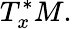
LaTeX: T_{x}^{*}M.